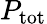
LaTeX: P_{\mathrm{{tot}}}